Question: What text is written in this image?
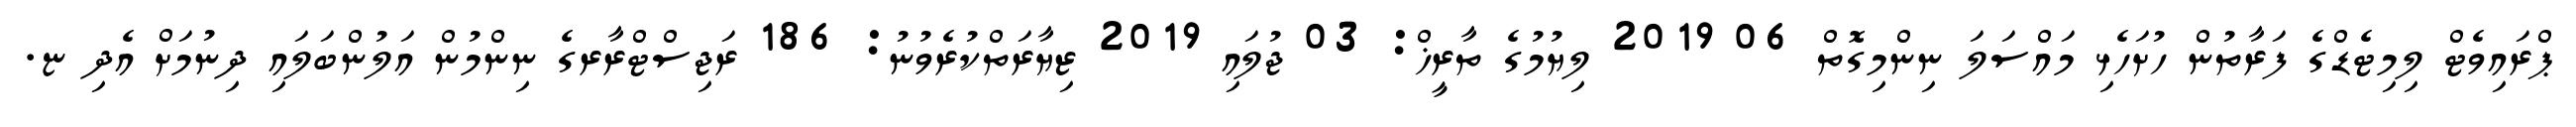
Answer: ޕްރައިވެޓް ލިމިޓެޑްގެ ފަރާތުން ހުށަހެޅި މައްސަލަ ނިންމިގޮތް 06 2019 ލިޔުމުގެ ތާރީޚް: 03 ޖުލައި 2019 ޒިޔާރަތްކުރެވުނު: 186 ރަޖިސްޓްރާރގެ ނިންމުން އަލުންބަލައި ދިނުމަށް އެދި ޏ.